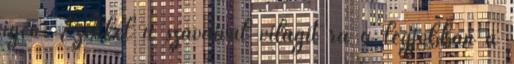
igen. Ezekkel a szavaival világít rá a legjobban a